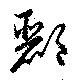
酈